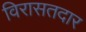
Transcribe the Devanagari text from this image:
विरासतदार